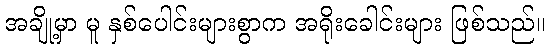
အချို့မှာ မူ နှစ်ပေါင်းများစွာက အရိုးခေါင်းများ ဖြစ်သည်။